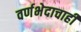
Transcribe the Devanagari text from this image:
वर्णभेदाचाही